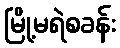
မြို့မရဲစခန်း